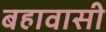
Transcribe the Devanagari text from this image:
बहावासी